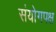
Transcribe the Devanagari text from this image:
संयोगपक्ष